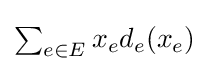
\textstyle \sum _{e\in E}x_{e}d_{e}(x_{e})